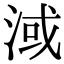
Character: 淢